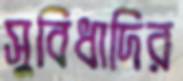
সুবিধাদির